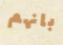
بانهم